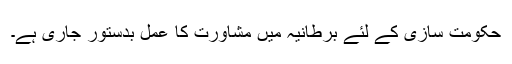
حکومت سازی کے لئے برطانیہ میں مشاورت کا عمل بدستور جاری ہے۔